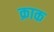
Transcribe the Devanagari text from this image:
क्राक